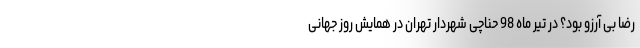
رضا بی آرزو بود؟ در تیر ماه 98 حناچی شهردار تهران در همایش روز جهانی